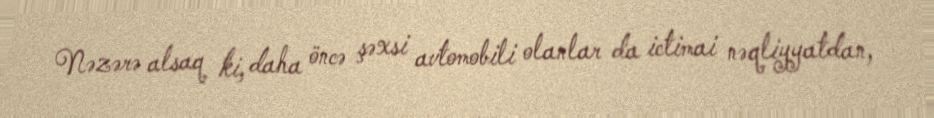
Nəzərə alsaq ki, daha öncə şəxsi avtomobili olanlar da ictimai nəqliyyatdan,